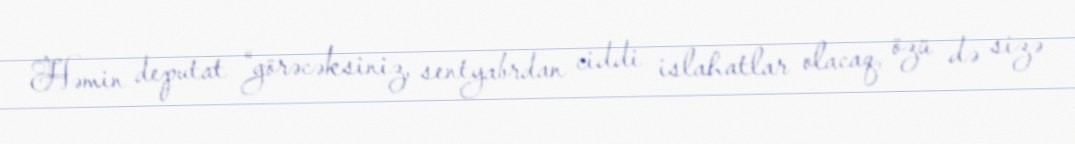
Həmin deputat “görəcəksiniz, sentyabrdan ciddi islahatlar olacaq, özü də sizə